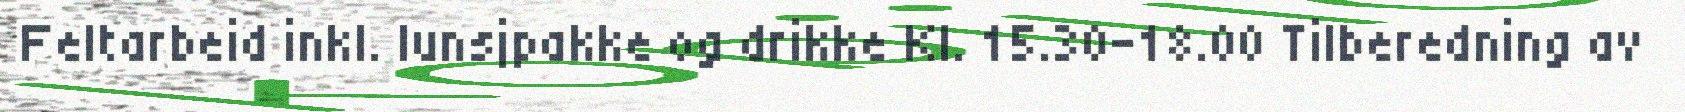
Feltarbeid inkl. lunsjpakke og drikke Kl. 15.30-18.00 Tilberedning av